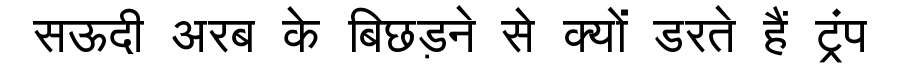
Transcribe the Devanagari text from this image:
सऊदी अरब के बिछड़ने से क्यों डरते हैं ट्रंप